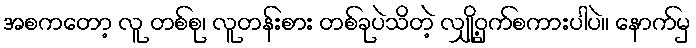
အစကတော့ လူ တစ်စု၊ လူတန်းစား တစ်ခုပဲသိတဲ့ လျှို့ဝှက်စကားပါပဲ။ နောက်မှ